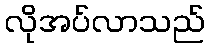
လိုအပ်လာသည်